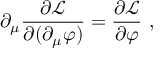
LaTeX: \partial _ { \mu } \frac { \partial { \mathcal { L } } } { \partial ( \partial _ { \mu } \varphi ) } = \frac { \partial { \mathcal { L } } } { \partial \varphi } \ ,